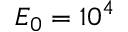
E _ { 0 } = 1 0 ^ { 4 }